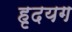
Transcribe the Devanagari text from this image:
हृदयग